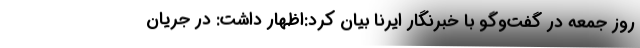
روز جمعه در گفت‌وگو با خبرنگار ایرنا بیان کرد:اظهار داشت: در جریان